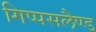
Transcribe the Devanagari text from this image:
गिप्पसलैण्ड